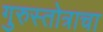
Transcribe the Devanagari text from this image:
गुरुस्तोत्राचा